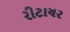
રીટાયર